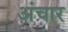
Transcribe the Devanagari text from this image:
अंचार